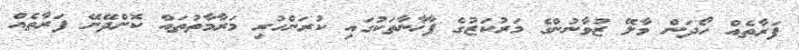
ފަރާތެއް ހޯދަން މާލޭ ޒުވާނުންގެ މަރުކަޒުގެ ފާޚާނާތަކުގައި ކުރަންހުރި މަރާމާތުތައް ކޮށްދޭނޭ ފަރާތެއް